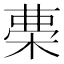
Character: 𣓝